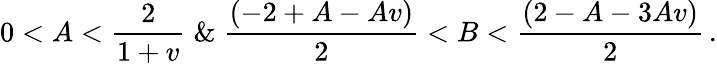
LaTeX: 0<A<\frac{2}{1+v}\; \& \; \frac{(-2+A-Av)}{2}<B<\frac{(2-A-3Av)}{2}\, .